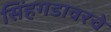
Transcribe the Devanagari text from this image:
सिंहगडावरचे